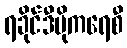
ရခိုင်ဒီမိုကရေစီ